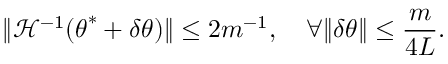
\lVert \mathcal { H } ^ { - 1 } ( { \boldsymbol { \theta } } ^ { * } + \delta { \boldsymbol { \theta } } ) \rVert \leq 2 m ^ { - 1 } , \quad \forall \lVert \delta { \boldsymbol { \theta } } \rVert \leq \frac { m } { 4 L } .